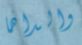
والداها